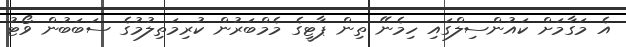
އެ މަގާމަށް ކައުންސިލްގައި ހިމެނޭ ތިން ޕާޓީގެ މެމްބަރުން ކުރިމަތިލުމުގެ ސަބަބުން ވޯޓު